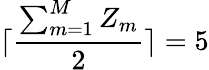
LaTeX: \lceil\frac{\sum_{m=1}^{M}Z_{m}}{2}\rceil=5